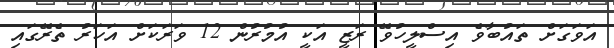
އަވަގަށް ތައުބާވެ އިސްލީހުވޭ ރަޒީ އަކީ އުމުރުން 12 ވަރަކަށް އަހަރު ތެރޭގައި